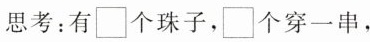
思考：有\Box个珠子，\Box个穿一串，